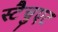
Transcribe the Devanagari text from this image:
स्टैचुएट